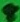
Text: 8